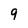
Character: 9